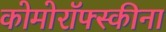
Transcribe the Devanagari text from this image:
कोमोरॉफ्स्कीना